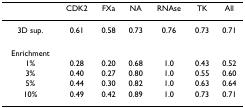
<table><thead><tr><td>[EMPTY_CELL]</td><td><b>CDK2</b></td><td><b>FXa</b></td><td><b>NA</b></td><td><b>RNAse</b></td><td><b>TK</b></td><td><b>All</b></td></tr></thead><tbody><tr><td>3D sup.</td><td>0.61</td><td>0.58</td><td>0.73</td><td>0.76</td><td>0.73</td><td>0.71</td></tr><tr><td>Enrichment</td><td>[EMPTY_CELL]</td><td>[EMPTY_CELL]</td><td>[EMPTY_CELL]</td><td>[EMPTY_CELL]</td><td>[EMPTY_CELL]</td><td>[EMPTY_CELL]</td></tr><tr><td>1%</td><td>0.28</td><td>0.20</td><td>0.68</td><td>1.0</td><td>0.43</td><td>0.52</td></tr><tr><td>3%</td><td>0.40</td><td>0.27</td><td>0.80</td><td>1.0</td><td>0.55</td><td>0.60</td></tr><tr><td>5%</td><td>0.44</td><td>0.30</td><td>0.82</td><td>1.0</td><td>0.63</td><td>0.64</td></tr><tr><td>10%</td><td>0.49</td><td>0.42</td><td>0.89</td><td>1.0</td><td>0.73</td><td>0.71</td></tr></tbody></table>